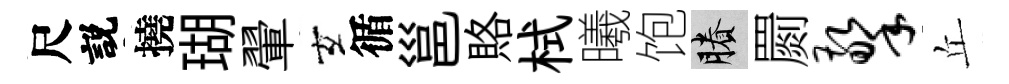
尺説撓瑚翬玄循邕賂栻曦饱賸罽擎丘